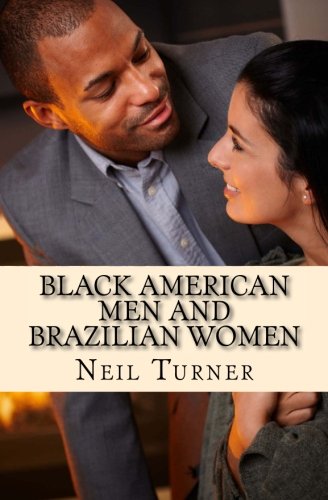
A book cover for Black American Men and Brazilian Women; Neil Turner; Self-Help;